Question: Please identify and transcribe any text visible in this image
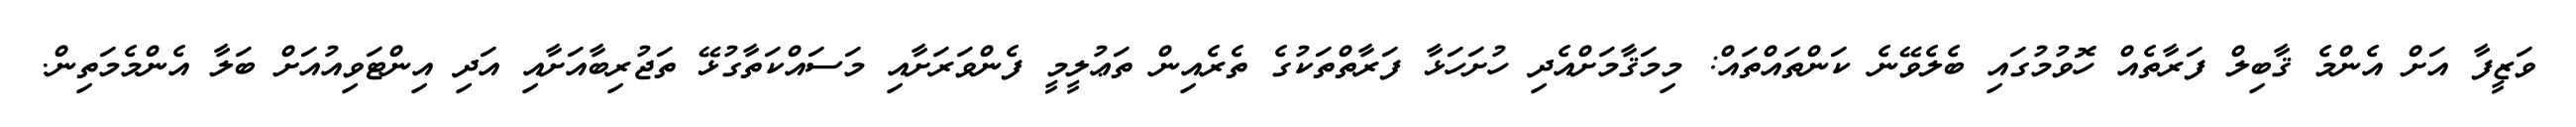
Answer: ވަޒީފާ އަށް އެންމެ ޤާބިލް ފަރާތެއް ހޮވުމުގައި ބެލެވޭނެ ކަންތައްތައް: މިމަޤާމަށްއެދި ހުށަހަޅާ ފަރާތްތަކުގެ ތެރެއިން ތަޢުލީމީ ފެންވަރަށާއި މަސައްކަތާގުޅޭ ތަޖުރިބާއަށާއި އަދި އިންޓަވިއުއަށް ބަލާ އެންމެމަތިން.